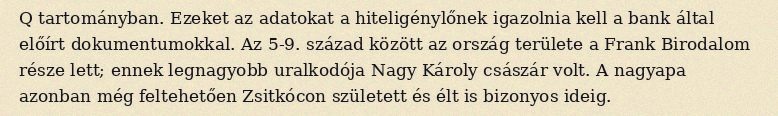
Q tartományban. Ezeket az adatokat a hiteligénylőnek igazolnia kell a bank által előírt dokumentumokkal. Az 5-9. század között az ország területe a Frank Birodalom része lett; ennek legnagyobb uralkodója Nagy Károly császár volt. A nagyapa azonban még feltehetően Zsitkócon született és élt is bizonyos ideig.